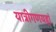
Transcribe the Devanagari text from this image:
यात्रीगणयहां